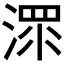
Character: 𱨁